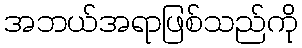
အဘယ်အရာဖြစ်သည်ကို